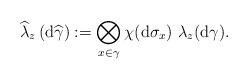
LaTeX: \begin{align*}\widehat{\lambda }_z\left( \mathrm{d}\widehat{\gamma }\right):=\bigotimes\limits_{x\in \gamma }\chi (\mathrm{d}\sigma _{x})\ \lambda _{z}(\mathrm{d}\gamma ). \end{align*}